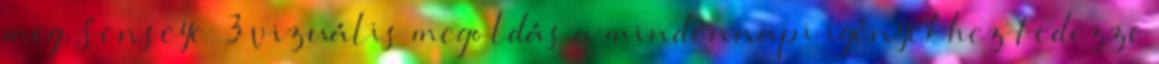
meg. Senseye® 3 vizuális megoldás a mindennapi igényekhez Fedezze